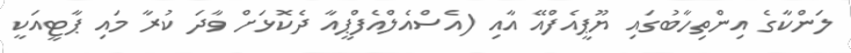
ލަންކާގެ އިންތިހާބުގައި ޔޫޕީއެފްއޭ އާއި (އެސްއެލްއެފްޕީއާ ދެކޮޅަށް ވާދަ ކުރާ މައި ޕާޓީއަކީ